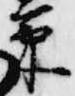
篥